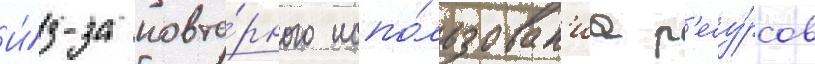
И́з-за повто́рного испо́льзован'иа р'есу́рсов